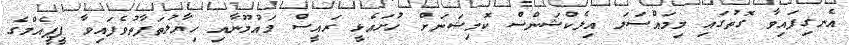
އެނގިފައިވާ ގޮތުގައި މިމައްސަލަ އިލެކްޝަންސް ކޮމިޝަނަށް ހުށައެޅީ ރައީސް މައުމޫނާއި ހިޔާލުތަފާތުވެފައިވާ ޕީޕީއެމްގެ